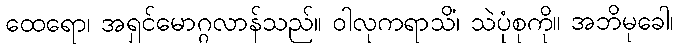
ထေရော၊ အရှင်မောဂ္ဂလာန်သည်။ ဝါလုကရာသိံ၊ သဲပုံစုကို။ အဘိမုခေါ၊